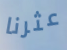
عثرنا